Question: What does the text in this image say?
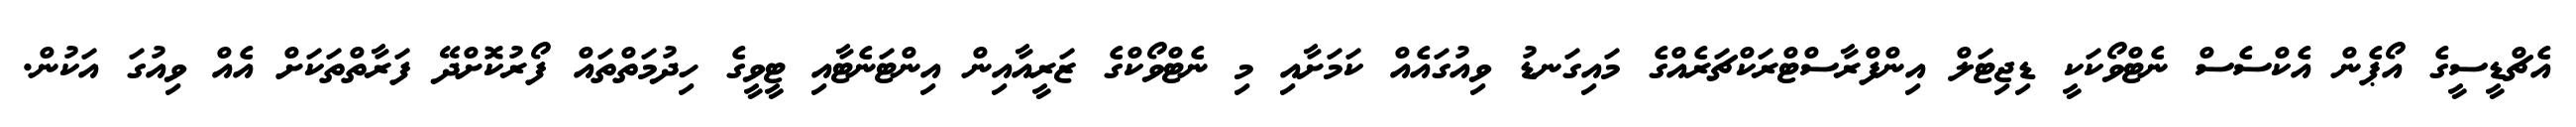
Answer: އެޗްޑީސީގެ އޯޕެން އެކްސެސް ނެޓްވޯކަކީ ޑިޖިޓަލް އިންފްރާސްޓްރަކްޗަރެއްގެ މައިގަނޑު ވިއުގައެއް ކަމަށާއި މި ނެޓްވޯކްގެ ޒަރީއާއިން އިންޓަނެޓާއި ޓީވީގެ ހިދުމަތްތައް ފޯރުކޮށްދޭ ފަރާތްތަކަށް އެއް ވިއުގަ އަކުން.